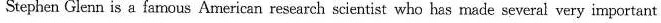
Stephen Glenn is a famous American research scientist who has made several very important